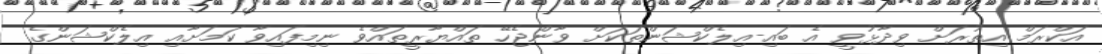
އަކްރަމް އިތުރަށް ވިދާޅުވީ އެ ބައި-އިލެކްޝަންތަކަށް ވާންޖެހޭ ތައްޔާރީތައްވެ ނިމިފައިވާ ކަމަށާއި އިލެކްޝަންގެ